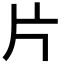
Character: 片